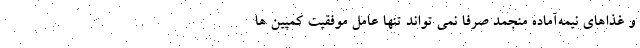
و غذاهای نیمه‌آماده منجمد صرفا نمی تواند تنها عامل موفقیت کمپین ها